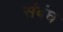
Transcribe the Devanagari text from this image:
संबंघ